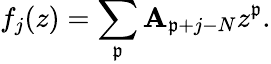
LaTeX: f_{j}(z)=\sum_{\mathfrak{p}}\mathbf{A}_{\mathfrak{p}+j-N}z^{\mathfrak{p}}.